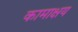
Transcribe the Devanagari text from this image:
कामाक्षय